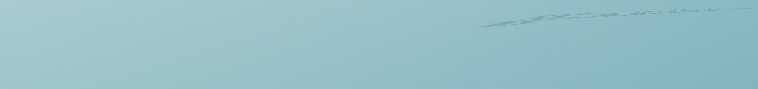
توصيل طلباتكم من المطاعم